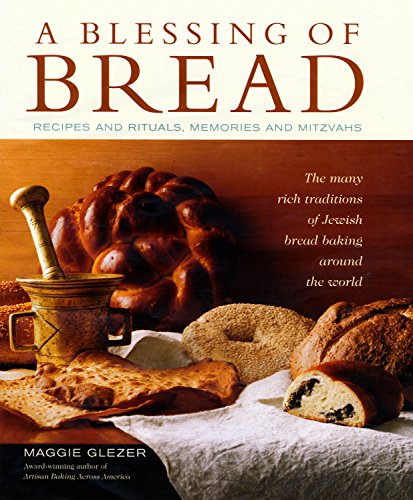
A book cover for A Blessing of Bread: The Many Rich Traditions of Jewish Bread Baking Around the World; Maggie Glezer; Cookbooks, Food & Wine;